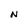
Character: N